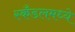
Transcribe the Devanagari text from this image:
स्कँडलमध्ये